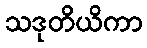
သဒုတိယိကာ